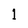
Character: 1